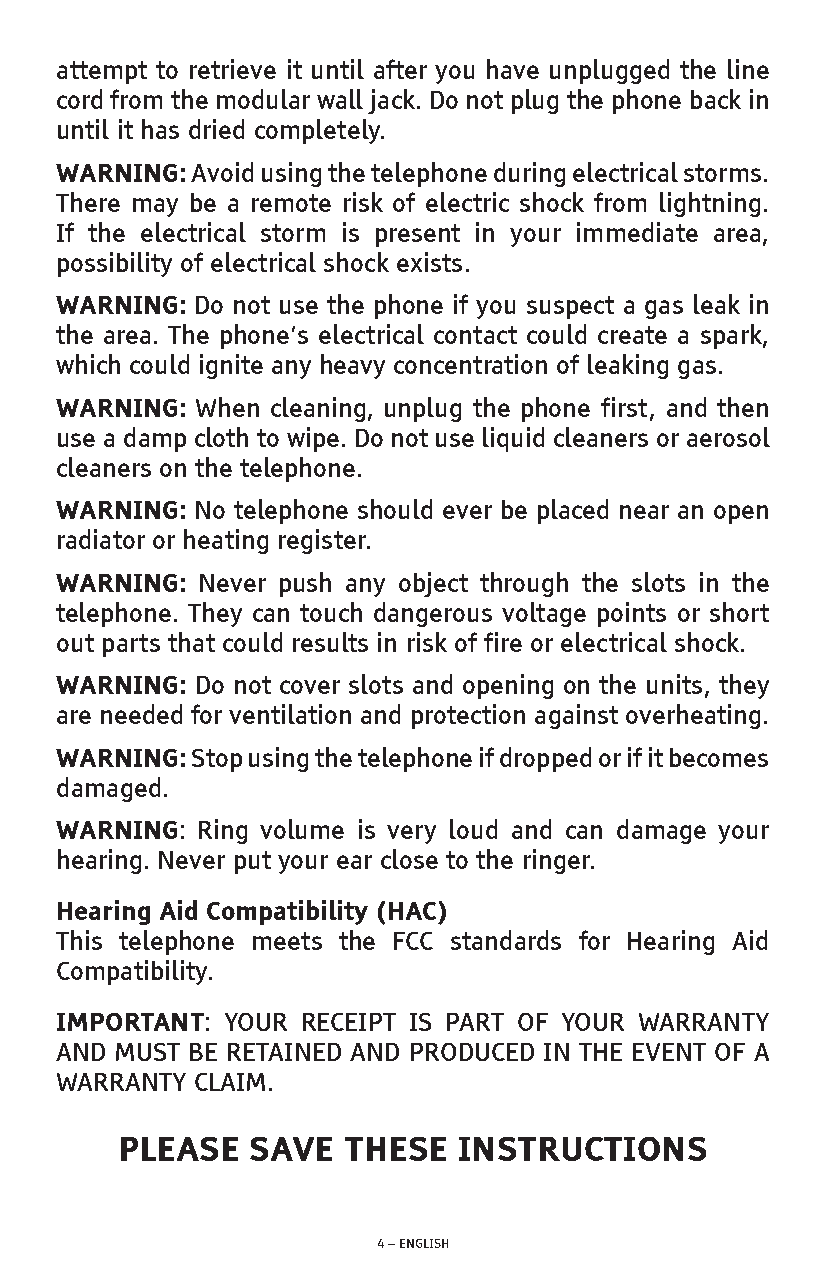
attempt to retrieve it until after you have unplugged the line
 cord from the modular wall jack. Do not plug the phone back in
 until it has dried completely.
 WARNING: Avoid using the telephone during electrical storms.
 There may be a remote risk of electric shock from lightning.
 If the electrical storm is present in your immediate area,
 possibility of electrical shock exists.
 WARNING: Do not use the phone if you suspect a gas leak in
 the area. The phone’s electrical contact could create a spark,
 which could ignite any heavy concentration of leaking gas.
 WARNING: When cleaning, unplug the phone first, and then
 use a damp cloth to wipe. Do not use liquid cleaners or aerosol
 cleaners on the telephone.
 WARNING: No telephone should ever be placed near an open
 radiator or heating register.
 WARNING: Never push any object through the slots in the
 telephone. They can touch dangerous voltage points or short
 out parts that could results in risk of fire or electrical shock.
 WARNING: Do not cover slots and opening on the units, they
 are needed for ventilation and protection against overheating.
 WARNING: Stop using the telephone if dropped or if it becomes
 damaged.
 WARNING: Ring volume is very loud and can damage your
 hearing. Never put your ear close to the ringer.
 Hearing Aid Compatibility (HAC)
 This telephone meets the FCC standards for Hearing Aid
 Compatibility.
 IMPORTANT: YOUR RECEIPT IS PART OF YOUR WARRANTY
 AND MUST BE RETAINED AND PRODUCED IN THE EVENT OF A
 WARRANTY CLAIM.
 PLEASE   SAVE  THESE  INSTRUCTIONS
 4 – ENGLISH